Report on horse surra - Volume II, Part I
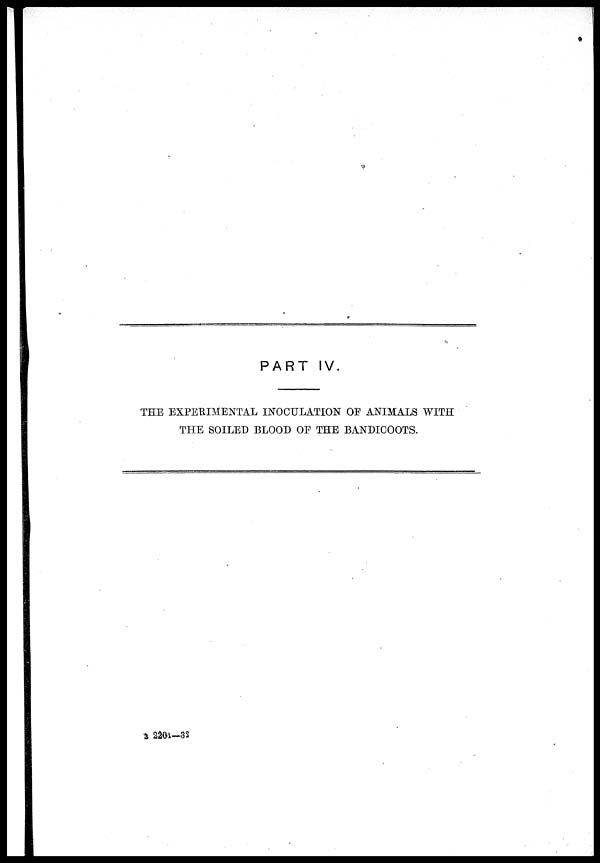
PART IV.
THE EXPERIMENTAL INOCULATION OF ANIMALS WITH
THE SOILED BLOOD OF THE BANDICOOTS.
B 2204—32